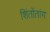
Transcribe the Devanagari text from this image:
शिंतोंतांग